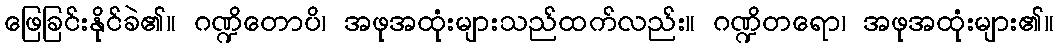
ဖြေခြင်းနိုင်ခဲ၏။ ဂဏ္ဍိတောပိ၊ အဖုအထုံးများသည်ထက်လည်း။ ဂဏ္ဍိတရော၊ အဖုအထုံးများ၏။